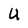
Character: U